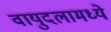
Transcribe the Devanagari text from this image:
वायुदलामध्ये